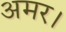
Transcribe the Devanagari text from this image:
अमर।